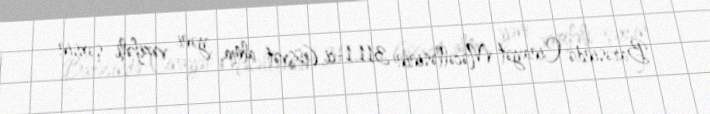
Barəsində Cinayət Məcəlləsinin 311.1-ci (rüşvət alma, yəni vəzifəli şəxsin